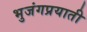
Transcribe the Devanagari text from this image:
भुजंगप्रयाती